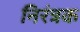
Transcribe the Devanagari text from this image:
निरंत्रक